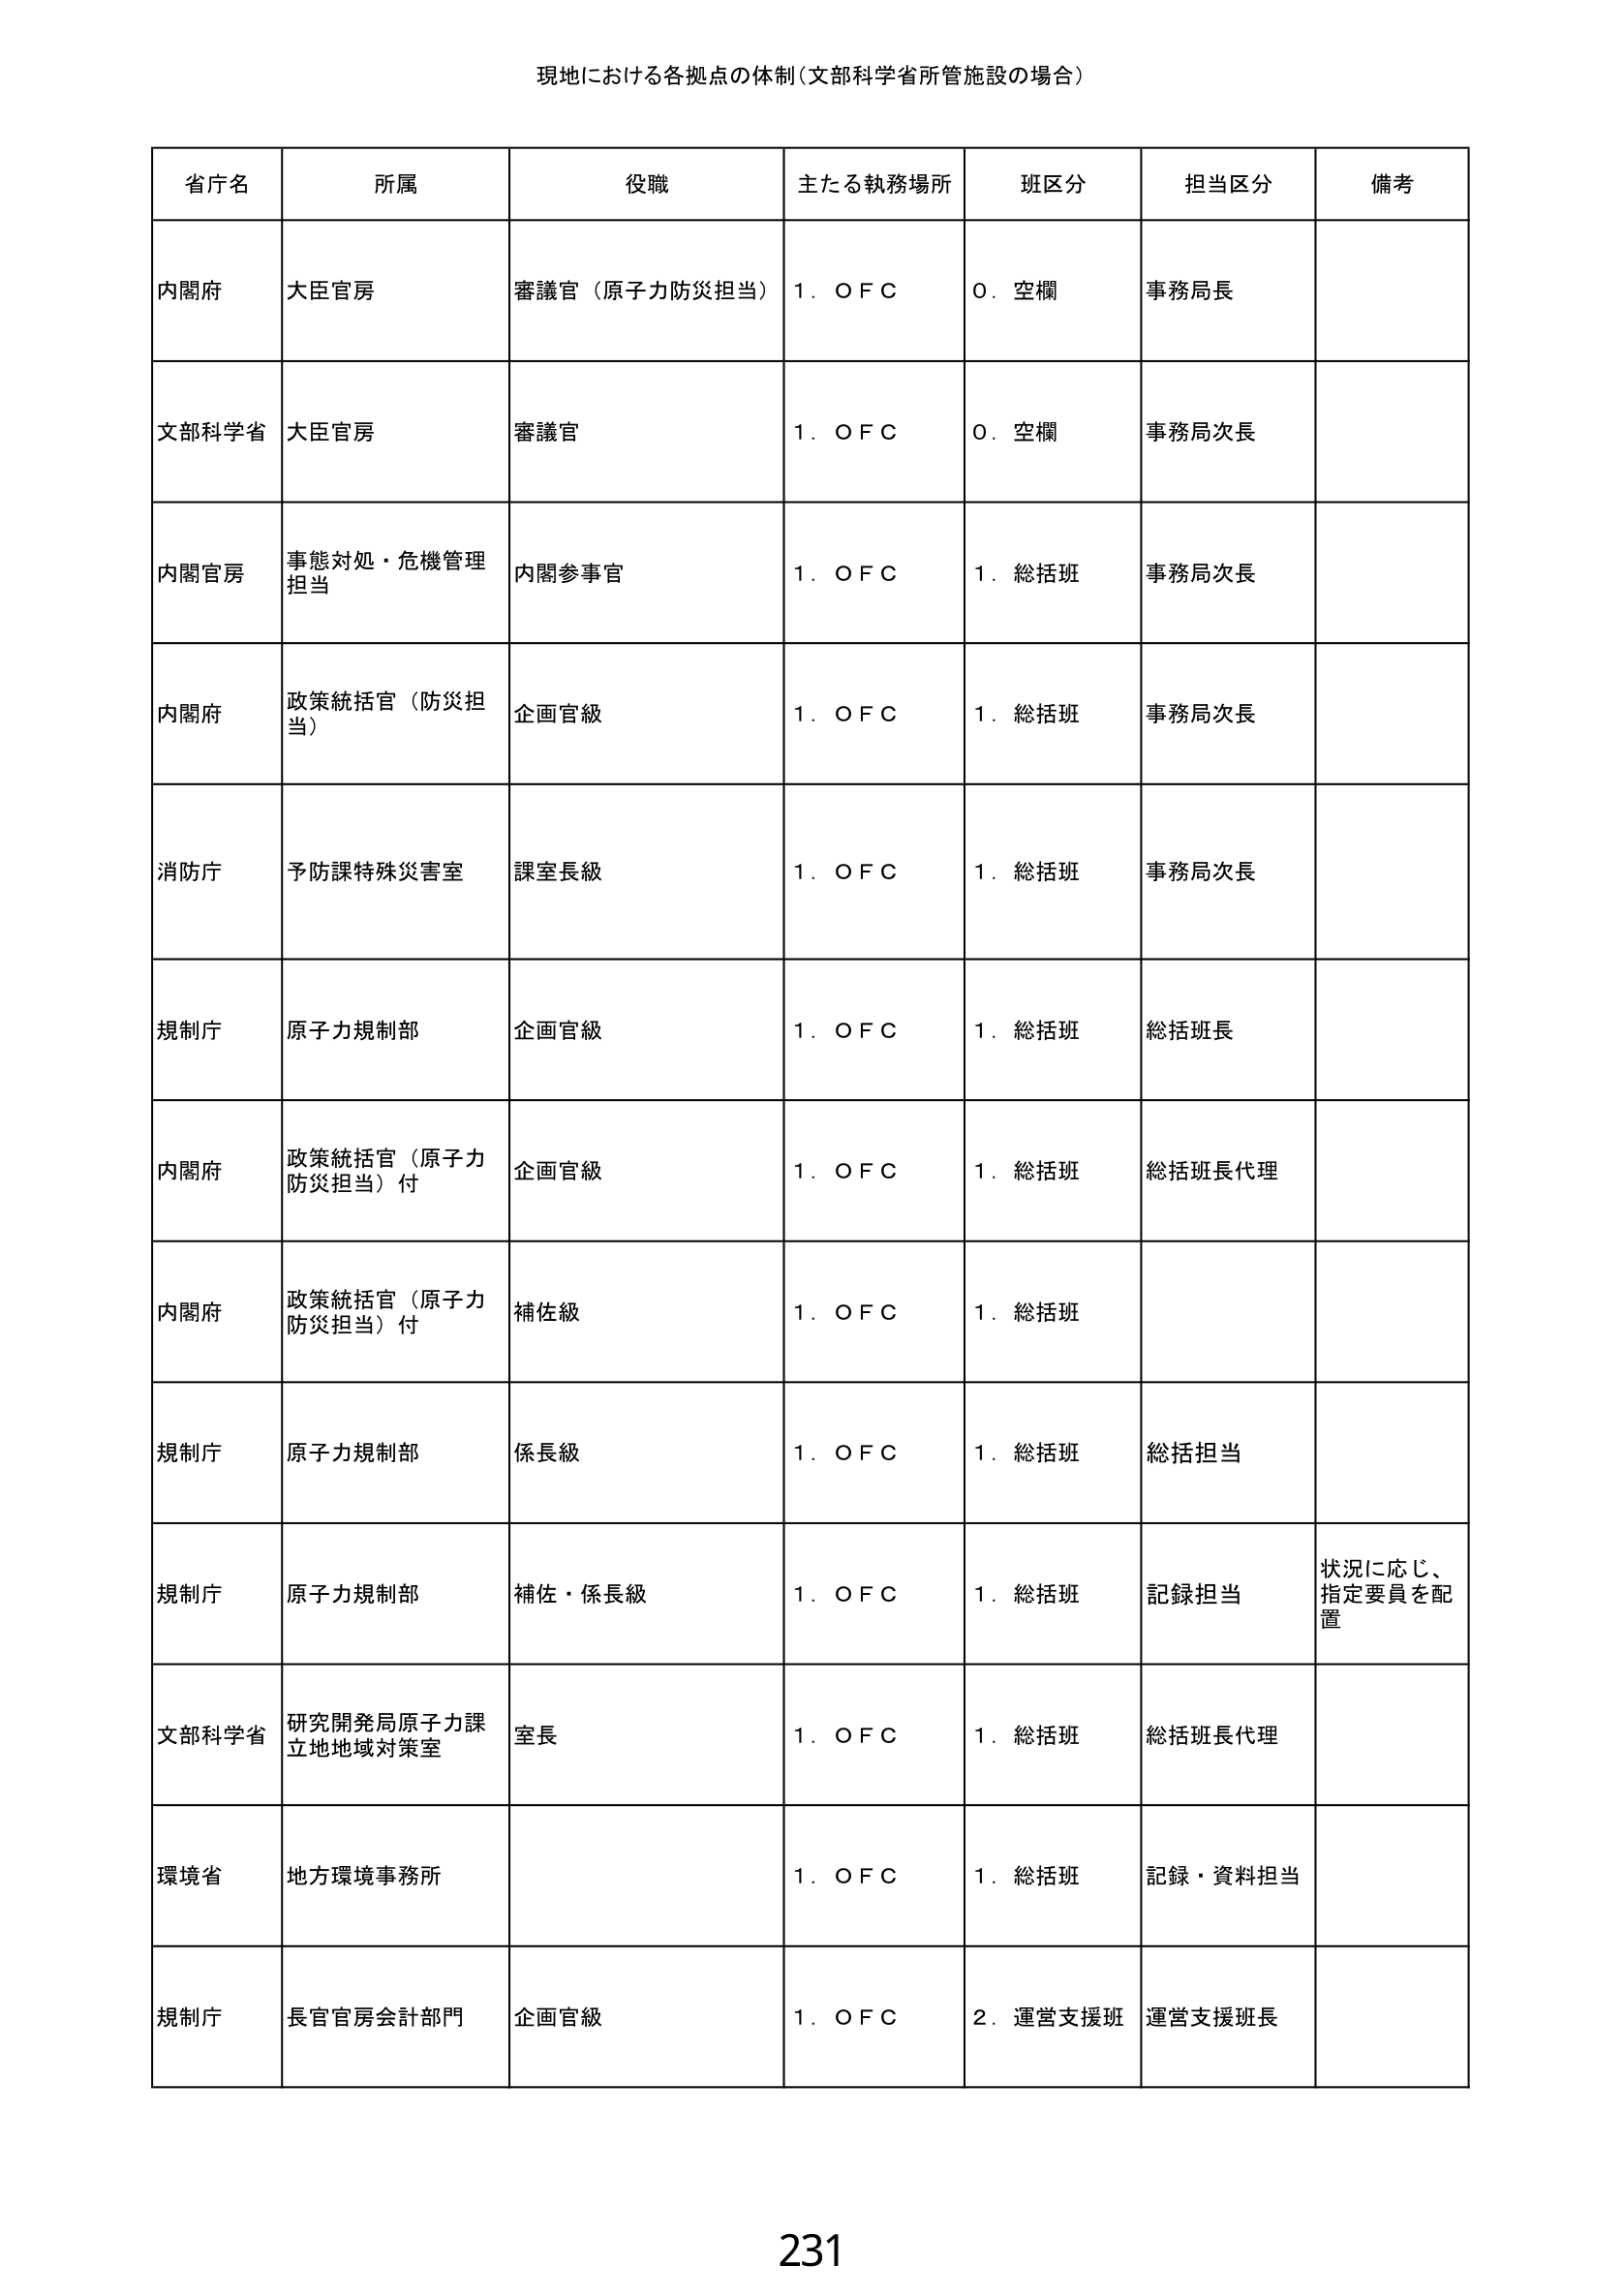
現地における各拠点の体制（文部科学省所管施設の場合）

省庁名	所属	役職	主たる執務場所	班区分	担当区分	備考
内閣府	大臣官房	審議官（原子力防災担当）	1．ＯＦＣ	0．空欄	事務局長
文部科学省	大臣官房	審議官	1．ＯＦＣ	0．空欄	事務局次長
内閣官房	事態対処・危機管理担当	内閣参事官	1．ＯＦＣ	1．総括班	事務局次長
内閣府	政策統括官（防災担当）	企画官級	1．ＯＦＣ	1．総括班	事務局次長
消防庁	予防課特殊災害室	課室長級	1．ＯＦＣ	1．総括班	事務局次長
規制庁	原子力規制部	企画官級	1．ＯＦＣ	1．総括班	総括班長
内閣府	政策統括官（原子力防災担当）付	企画官級	1．ＯＦＣ	1．総括班	総括班長代理
内閣府	政策統括官（原子力防災担当）付	補佐級	1．ＯＦＣ	1．総括班
規制庁	原子力規制部	係長級	1．ＯＦＣ	1．総括班	総括担当
規制庁	原子力規制部	補佐・係長級	1．ＯＦＣ	1．総括班	記録担当	状況に応じ、指定要員を配置
文部科学省	研究開発局原子力課立地地域対策室	室長	1．ＯＦＣ	1．総括班	総括班長代理
環境省	地方環境事務所		1．ＯＦＣ	1．総括班	記録・資料担当
規制庁	長官官房会計部門	企画官級	1．ＯＦＣ	2．運営支援班	運営支援班長

231